Report on vaccination in Madras 1877-1894 - 1877-1894
Year: 1877
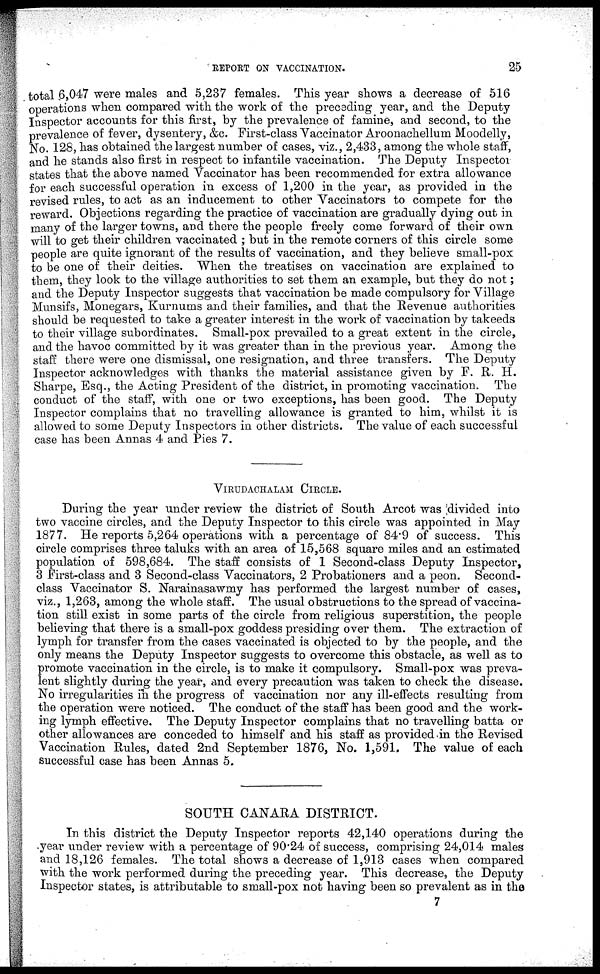
REPORT ON VACCINATION.
25
total 6,047 were males and 5,237 females. This year shows a decrease of 516
operations when compared with the work of the preceding year, and the Deputy
Inspector accounts for this first, by the prevalence of famine, and second, to the
prevalence of fever, dysentery, &c. First-class Vaccinator Aroonachellum Moodelly,
No. 128, has obtained the largest number of cases, viz., 2,433, among the whole staff,
and he stands also first in respect to infantile vaccination. The Deputy Inspector
states that the above named Vaccinator has been recommended for extra allowance
for each successful operation in excess of 1,200 in the year, as provided in the
revised rules, to act as an inducement to other Vaccinators to compete for the
reward. Objections regarding the practice of vaccination are gradually dying out in
many of the larger towns, and there the people freely come forward of their own
will to get their children vaccinated ; but in the remote corners of this circle some
people are quite ignorant of the results of vaccination, and they believe small-pox
to be one of their deities. When the treatises on vaccination are explained to
them, they look to the village authorities to set them an example, but they do not ;
and the Deputy Inspector suggests that vaccination be made compulsory for Village
Munsifs, Monegars, Kurnums and their families, and that the Revenue authorities
should be requested to take a greater interest in the work of vaccination by takeeds
to their village subordinates. Small-pox prevailed to a great extent in the circle,
and the havoc committed by it was greater than in the previous year. Among the
staff there were one dismissal, one resignation, and three transfers. The Deputy
Inspector acknowledges with thanks the material assistance given by F. R. H.
Sharpe, Esq., the Acting President of the district, in promoting vaccination. The
conduct of the staff, with one or two exceptions, has been good. The Deputy
Inspector complains that no travelling allowance is granted to him, whilst it is
allowed to some Deputy Inspectors in other districts. The value of each successful
case has been Annas 4 and Pies 7.
VIRUDACHALAM CIRCLE.
During the year under review the district of South Arcot was divided into
two vaccine circles, and the Deputy Inspector to this circle was appointed in May
1877. He reports 5,264 operations with a percentage of 84.9 of success. This
circle comprises three taluks with an area of 15,568 square miles and an estimated
population of 598,684. The staff consists of 1 Second-class Deputy Inspector,
3 First-class and 3 Second-class Vaccinators, 2 Probationers and a peon. Second-
class Vaccinator S. Narainasawmy has performed the largest number of cases,
viz., 1,263, among the whole staff. The usual obstructions to the spread of vaccina-
tion still exist in some parts of the circle from religious superstition, the people
believing that there is a small-pox goddess presiding over them. The extraction of
lymph for transfer from the cases vaccinated is objected to by the people, and the
only means the Deputy Inspector suggests to overcome this obstacle, as well as to
promote vaccination in the circle, is to make it compulsory. Small-pox was preva-
lent slightly during the year, and every precaution was taken to check the disease.
No irregularities in the progress of vaccination nor any ill-effects resulting from
the operation were noticed. The conduct of the staff has been good and the work-
ing lymph effective. The Deputy Inspector complains that no travelling batta or
other allowances are conceded to himself and his staff as provided in the Revised
Vaccination Rules, dated 2nd September 1876, No. 1,591. The value of each
successful case has been Annas 5.
SOUTH CANARA DISTRICT.
In this district the Deputy Inspector reports 42,140 operations during the
year under review with a percentage of 90.24 of success, comprising 24,014 males
and 18,126 females. The total shows a decrease of 1,913 cases when compared
with the work performed during the preceding year. This decrease, the Deputy
Inspector states, is attributable to small-pox not having been so prevalent as in the
7